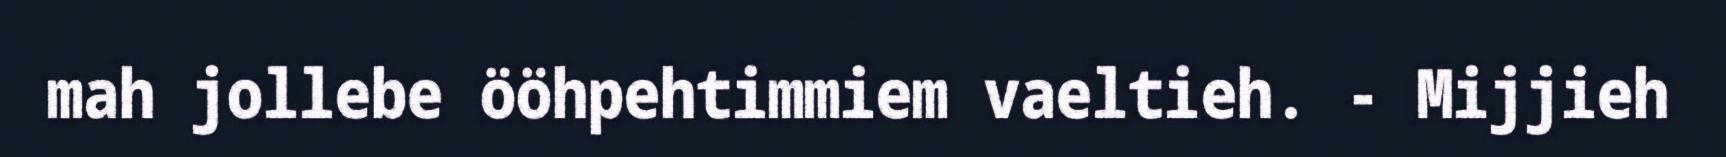
mah jollebe ööhpehtimmiem vaeltieh. - Mijjieh